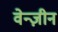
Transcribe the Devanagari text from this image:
वेन्ज़ीन